Madras plague regulations and rules - Volume 2
Disease focus: Plague
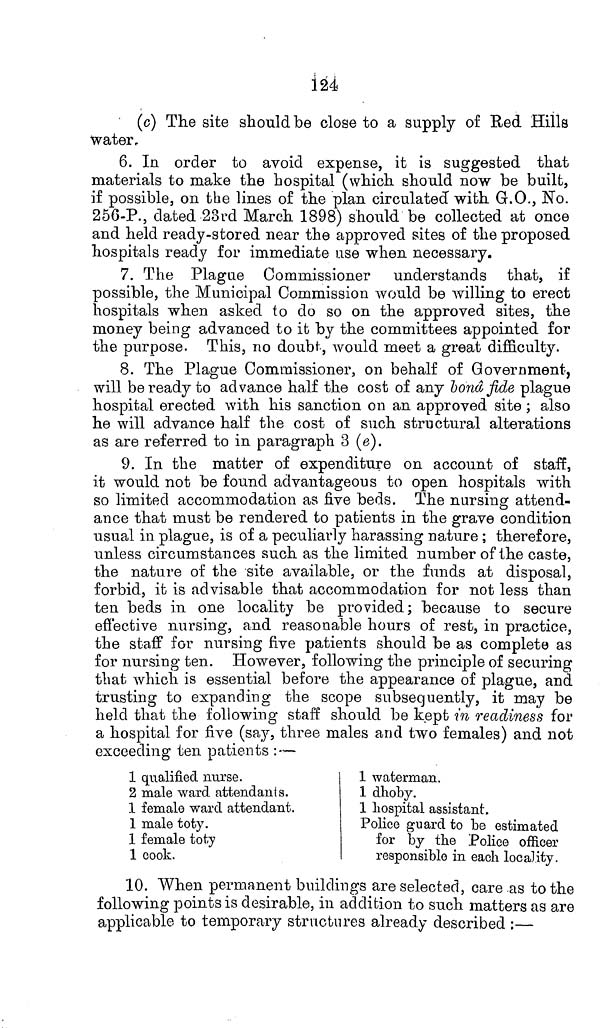
124
(c) The site should be close to a supply of Red Hills
water.
6. In order to avoid expense, it is suggested that
materials to make the hospital (which should now be built,
if possible, on the lines of the plan circulated with G.O., No.
256-P., dated 23rd March 1898) should be collected at once
and held ready-stored near the approved sites of the proposed
hospitals ready for immediate use when necessary.
7. The Plague Commissioner understands that, if
possible, the Municipal Commission would be willing to erect
hospitals when asked to do so on the approved sites, the
money being advanced to it by the committees appointed for
the purpose. This, no doubt, would meet a great difficulty.
8. The Plague Commissioner, on behalf of Government,
will be ready to advance half the cost of any bonâ fide plague
hospital erected with his sanction on an approved site; also
he will advance half the cost of such structural alterations
as are referred to in paragraph 3 (e).
9. In the matter of expenditure on account of staff,
it would not be found advantageous to open hospitals with
so limited accommodation as five beds. The nursing attend-
ance that must be rendered to patients in the grave condition
usual in plague, is of a peculiarly harassing nature ; therefore,
unless circumstances such as the limited number of the caste,
the nature of the site available, or the funds at disposal,
forbid, it is advisable that accommodation for not less than
ten beds in one locality be provided ; because to secure
effective nursing, and reasonable hours of rest, in practice,
the staff for nursing five patients should be as complete as
for nursing ten. However, following the principle of securing
that which is essential before the appearance of plague, and
trusting to expanding the scope subsequently, it may be
held that the following staff should be kept in readiness for
a hospital for five (say, three males and two females) and not
exceeding ten patients :—
1 qualified nurse.
2 male ward attendants.
1 female ward attendant.
1 male toty.
1 female toty
1 cook.
1 waterman.
1 dhoby.
1 hospital assistant.
Police guard to be estimated
for by the Police officer
responsible in each locality.
10. When permanent buildings are selected, care as to the
following points is desirable, in addition to such matters as are
applicable to temporary structures already described :—